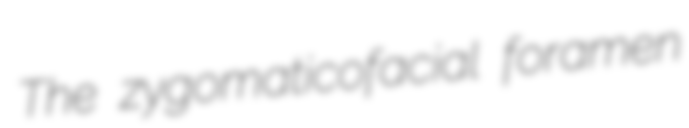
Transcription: The zygomaticofacial foramen